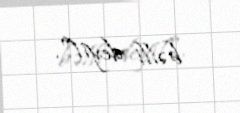
bəlli deyil".